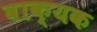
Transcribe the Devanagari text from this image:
वाक्यक